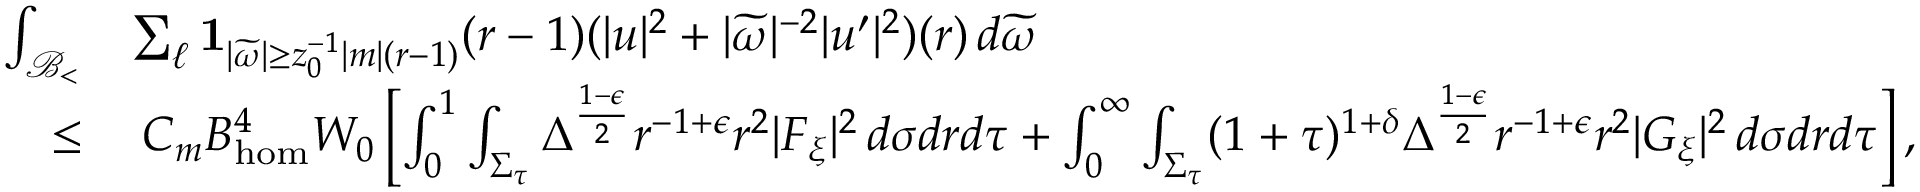
\begin{array} { r l } { \int _ { { \mathcal { B } _ { < } } } } & { \sum _ { \ell } \mathbf { 1 } _ { | \widetilde { \omega } | \geq z _ { 0 } ^ { - 1 } | m | ( r - 1 ) } ( r - 1 ) ( | u | ^ { 2 } + | \widetilde { \omega } | ^ { - 2 } | u ^ { \prime } | ^ { 2 } ) ( r ) \, d \widetilde { \omega } } \\ { \leq } & { \: C _ { m } B _ { \mathrm { h o m } } ^ { 4 } W _ { 0 } \left[ \int _ { 0 } ^ { 1 } \int _ { \Sigma _ { \tau } } \Delta ^ { \frac { 1 - \epsilon } { 2 } } r ^ { - 1 + \epsilon } r ^ { 2 } | F _ { \xi } | ^ { 2 } \, d \sigma d r d \tau + \int _ { 0 } ^ { \infty } \int _ { \Sigma _ { \tau } } ( 1 + \tau ) ^ { 1 + \delta } \Delta ^ { \frac { 1 - \epsilon } { 2 } } r ^ { - 1 + \epsilon } r ^ { 2 } | G _ { \xi } | ^ { 2 } \, d \sigma d r d \tau \right] , } \end{array}